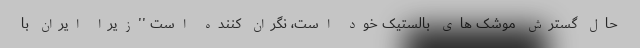
حال گسترش موشک های بالستیک خود است، نگران کننده است ''زیرا ایران با